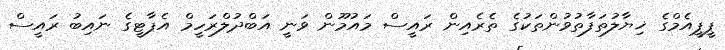
ޕީޕީއެމްގެ ޚިޔާލުތަފާތުވުންތަކުގެ ތެރެއިން ރައީސް މައުމޫން ވަނީ އަބްދުލްރަހީމް އެޕާޓީގެ ނައިބު ރައީސް